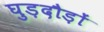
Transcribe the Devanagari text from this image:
घुड़दौड़ों